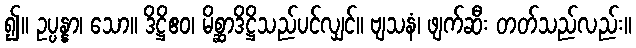
၍။ ဥပ္ပန္နာ၊ သော။ ဒိဋ္ဌိဧဝ၊ မိစ္ဆာဒိဋ္ဌိသည်ပင်လျှင်။ ဗျသနံ၊ ဖျက်ဆီး တတ်သည်လည်း။